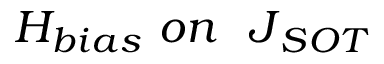
H _ { { b i a s } } \ { o n } \ { \ J } _ { { S O T } }